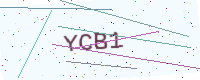
Text: YCB1